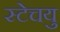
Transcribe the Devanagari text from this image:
स्टेचयु